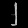
Digit: ၂